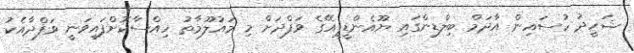
ޝަހީދު ހުސައިން އާދަމް ބިލްޑިންގައި ޔޫއެންޑީޕީއޭގެ ވަފްދަށް މި މައުލޫމާތު ހިއްސާކޮށްފައިވަނީ ވަފްދާއެކު